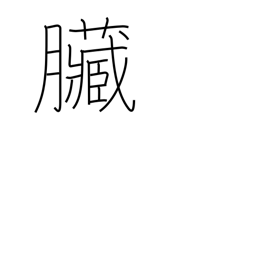
Meaning: bowels